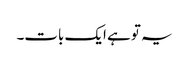
یہ تو ہے ایک بات۔